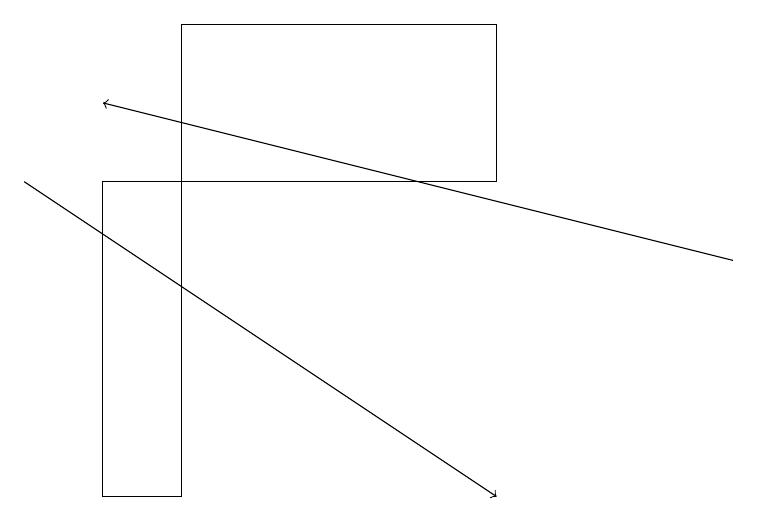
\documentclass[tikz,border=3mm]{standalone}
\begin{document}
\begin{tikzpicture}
\draw (2,17) rectangle (1,13);
\draw[->] (0,17) -- (6,13);
\draw (6,17) rectangle (2,19);
\draw[->] (9,16) -- (1,18);
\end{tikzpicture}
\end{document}